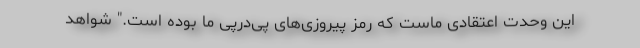
این وحدت اعتقادی ماست که رمز پیروزی‌های پی‌درپی ما بوده است." شواهد